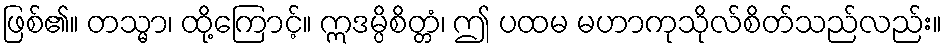
ဖြစ်၏။ တသ္မာ၊ ထို့ကြောင့်။ ဣဒမ္ပိစိတ္တံ၊ ဤ ပထမ မဟာကုသိုလ်စိတ်သည်လည်း။